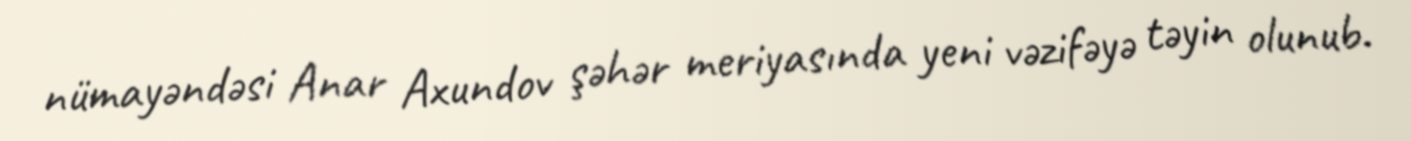
nümayəndəsi Anar Axundov şəhər meriyasında yeni vəzifəyə təyin olunub.